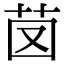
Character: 𦭁